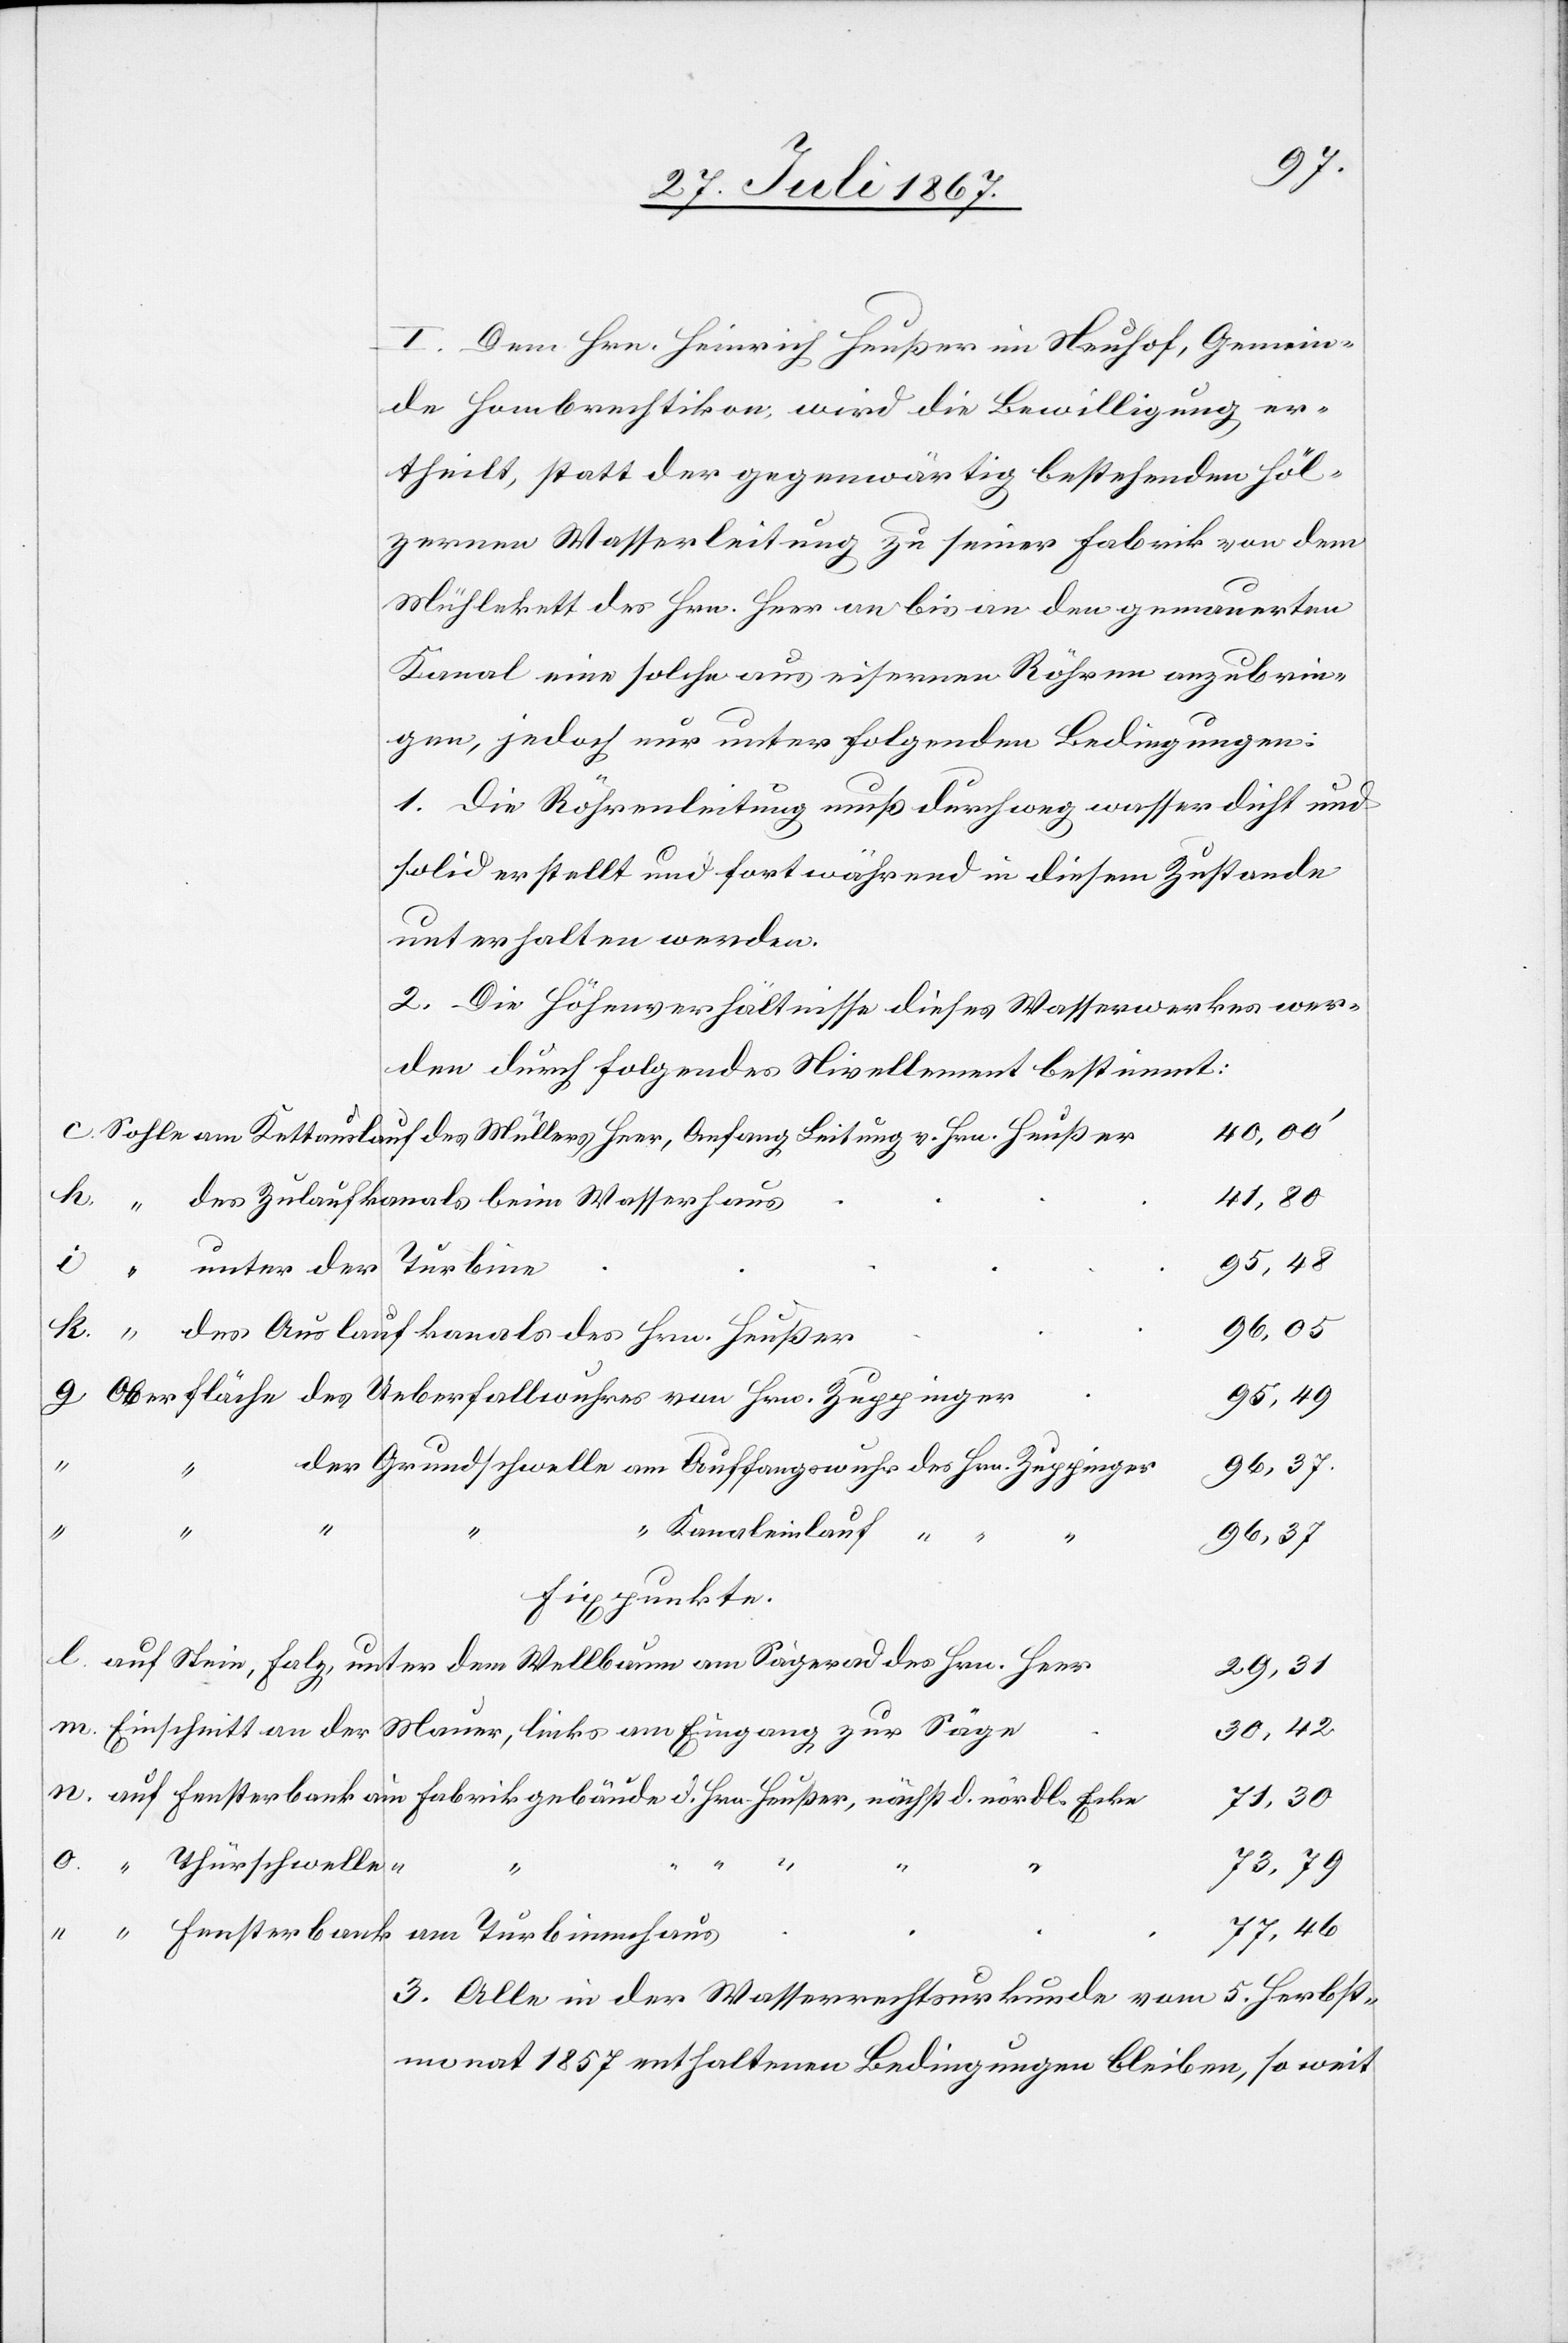
I. Dem Hrn. Heinrich Heußer im Neuhof, Gemein¬
de Hombrechtikon, wird die Bewilligung er¬
theilt, statt der gegenwärtig bestehenden höl¬
zernen Wasserleitung zu seiner Fabrik von dem
Mühlekett des Hrn. Heer an bis an den gemauerten
Kanal eine solche aus eisernen Röhren anzubrin¬
gen, jedoch nur unter folgenden Bedingungen:
1. Die Röhrenleitung muß durchweg wasserdicht und
solid erstellt und fortwährend in diesem Zustande
unterhalten werden.
2. Die Höhenverhältnisse dieses Wasserwerkes wer¬
den durch folgendes Nivellement bestimmt:
40,00‘
Sohle am Kettauslauf des Müllers Heer, Anfang Leitung v. Hrn. Heußer
71,30
“ des Zulaufkanals beim Wasserhaus
95,49
“ unter der Turbine
“ des Auslaufkanals des Hrn. Heußer
Oberfläche des Ueberfallwuhres von Hrn. Zuppinger
der Grundschwelle am Auffangswuhr des Hrn. Zuppinger
“ Kanaleinlauf
“
“
96,37
Fixpunkte
auf Stein, Falz, unter dem Wellbaum am Sägerad des Hrn. Heer
29,31
Einschnitt an der Mauer, links am Eingang zur Säge
30,42
auf Fensterbank am Fabrikgebäude d. Hrn. Heußer, nächst d. nördl. Ecke
Thürschwelle “
“
73,79
77,46
“ Fensterbank
am Turbinenhaus
3. Alle in der Wasserrechtsurkunde vom 5. Herbst¬
monat 1857 enthaltenen Bedingungen bleiben, so weit